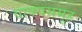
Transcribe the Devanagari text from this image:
वाक्यसमूह